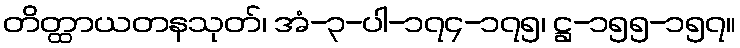
တိတ္ထာယတနသုတ်၊ အံ-၃-ပါ-၁၇၄-၁၇၅၊ ဋ္ဌ-၁၅၅-၁၅၇။